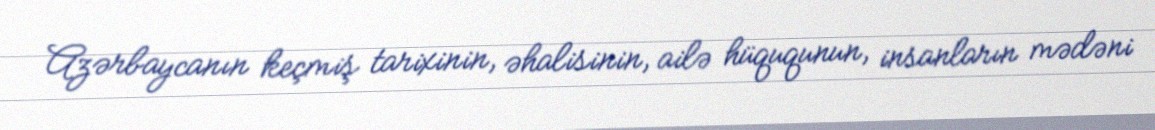
Azərbaycanın keçmiş tarixinin, əhalisinin, ailə hüququnun, insanların mədəni